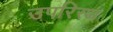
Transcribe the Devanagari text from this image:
उपरिस्थ